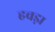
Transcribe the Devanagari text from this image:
हवड़ा